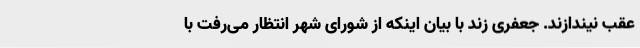
عقب نیندازند. جعفری زند با بیان اینکه از شورای شهر انتظار می‌رفت با